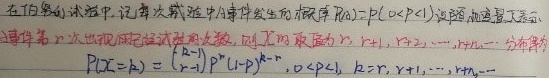
在伯努利试验中，记每次试验中某事件发生的概率\(P(A)=p(0 < p < 1)\)。设随机变量\(X\)表示自事件第\(r\)次出现时试验的次数，则\(X\)取值为\(r,r + 1,r + 2,\cdots\)，\(X\)服从分布为
\[P(X = k)=\binom{k - 1}{r - 1}p^{r}(1 - p)^{k - r},0 < p < 1,k = r,r + 1,r + 2,\cdots\]